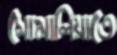
সোমালিয়াতে